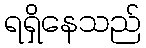
ရရှိနေသည်